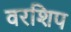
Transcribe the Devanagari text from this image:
वरशिप